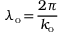
\lambda _ { \mathrm { o } } \! = \! \frac { 2 \pi } { k _ { \mathrm { o } } }